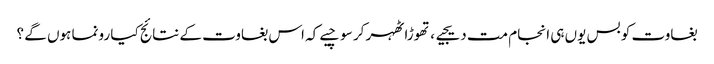
بغاوت کو بس یوں ہی انجام مت دیجیے ، تھوڑا ٹھہر کر سوچیے کہ اس بغاوت کے نتائج کیا رونما ہوں گے ؟